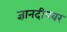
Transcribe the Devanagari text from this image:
ज्ञानदीपवर